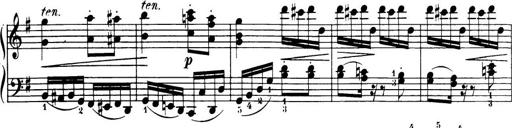
Title: 32 Sonatinas and Rondos for the Piano
Composer: Richard Kleinmichel